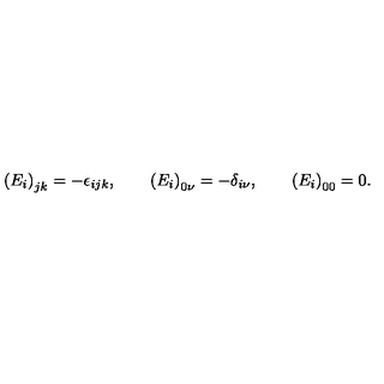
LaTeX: \left( E _ { i } \right) _ { j k } = - \epsilon _ { i j k } , \qquad \left( E _ { i } \right) _ { 0 \nu } = - \delta _ { i \nu } , \qquad \left( E _ { i } \right) _ { 0 0 } = 0 .